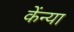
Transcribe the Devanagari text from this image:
केंन्या